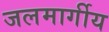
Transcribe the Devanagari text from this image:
जलमार्गीय